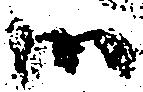
御